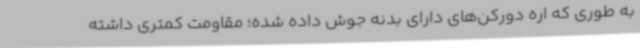
به طوری که اره دورکن‌های دارای بدنه جوش داده شده؛ مقاومت کمتری داشته